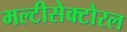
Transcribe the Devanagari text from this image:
मल्टीसेक्टोरल